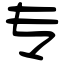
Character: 专